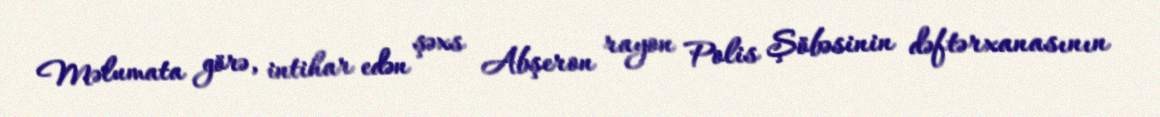
Məlumata görə, intihar edən şəxs Abşeron rayon Polis Şöbəsinin dəftərxanasının